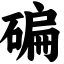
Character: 碥